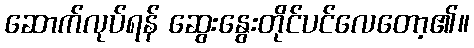
ဆောက်လုပ်ရန် ဆွေးနွေးတိုင်ပင်လေတော့၏။